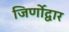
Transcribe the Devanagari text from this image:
जिर्णोद्वार